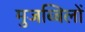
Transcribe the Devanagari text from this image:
मुजब्बिलों